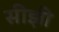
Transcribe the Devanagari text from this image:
सीझी